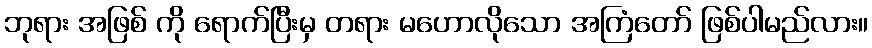
ဘုရား အဖြစ် ကို ရောက်ပြီးမှ တရား မဟောလိုသော အကြံတော် ဖြစ်ပါမည်လား။